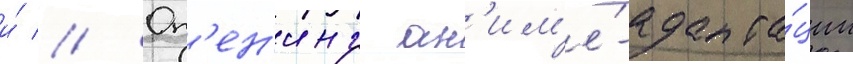
и́ // Оп'ен'инг ан'им'е́-адапта́ции